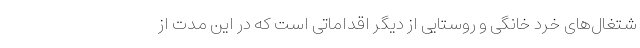
شتغال‌های خرد خانگی و روستایی از دیگر اقداماتی است که در این مدت از